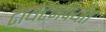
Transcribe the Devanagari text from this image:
टायटनपर्यंत